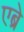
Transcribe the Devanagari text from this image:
एब्रे